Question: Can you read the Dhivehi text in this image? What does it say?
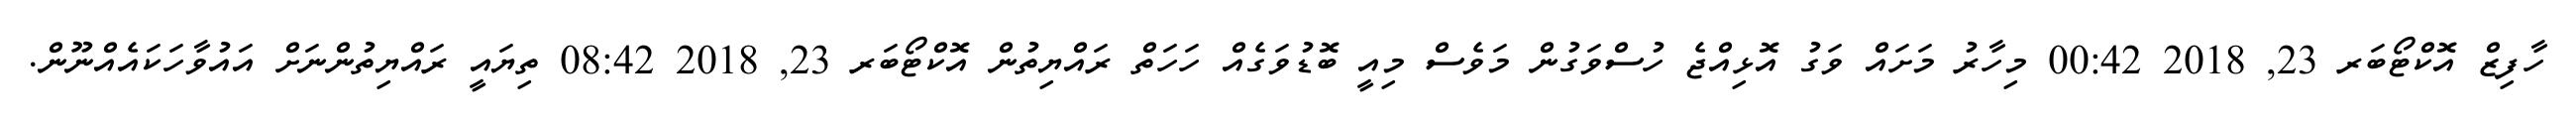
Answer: ހާފިޒް އޮކްޓޯބަރ 23, 2018 00:42 މިހާރު މަށައް ވަގު އޮޅިއްޖެ ހުސްވަގުން މަވެސް މިއީ ބޮޑުވަގެއް ހަހަތް ރައްޔިތުން އޮކްޓޯބަރ 23, 2018 08:42 ތިޔައީ ރައްޔިތުންނަށް އައުވާހަކައެއްނޫން.